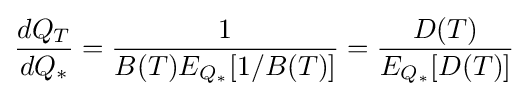
{\frac {dQ_{T}}{dQ_{*}}}={\frac {1}{B(T)E_{Q_{*}}[1/B(T)]}}={\frac {D(T)}{E_{Q_{*}}[D(T)]}}